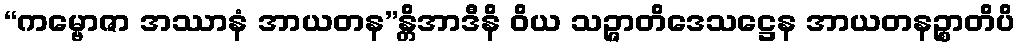
“ကမ္ဗောဇာ အဿာနံ အာယတန”န္တိအာဒီနိ ဝိယ သဉ္ဇာတိဒေသဋ္ဌေန အာယတနဉ္စာတိပိ